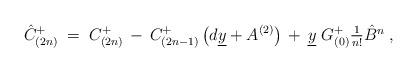
LaTeX: \begin{align*} \hat{C}_{(2n)}^{+}\;=\; C_{(2n)}^{+}\,-\, C^{+}_{(2n-1)}\left( d\underline{y}+A^{(2)} \right) \,+\, \underline{y}\ G_{(0)}^{+} \textstyle{\frac{1}{n!}}\hat{B}^{n}\; ,\end{align*}